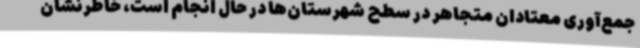
جمع‌آوری معتادان متجاهر در سطح شهرستان‌ها در حال انجام است، خاطرنشان